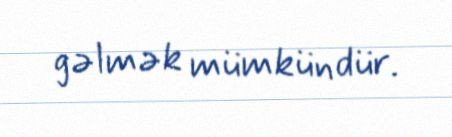
gəlmək mümkündür.